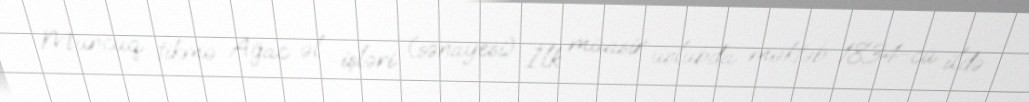
Muncuq tikmə Ağac əl işləri (sənayesi) İlk müasir üslubda məktəb 1834-cü ildə